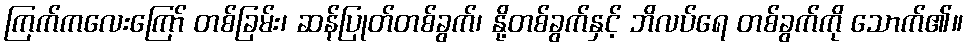
ကြက်ကလေးကြော် တစ်ခြမ်း၊ ဆန်ပြုတ်တစ်ခွက်၊ နို့တစ်ခွက်နှင့် ဘိလပ်ရေ တစ်ခွက်ကို သောက်၏။